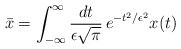
\begin{align*}\bar{x} = \int_{-\infty}^\infty {dt \over \epsilon \sqrt{\pi}} \, e^{-t^2 / \epsilon^2} x(t)\end{align*}